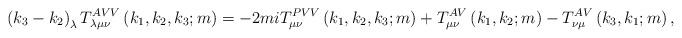
LaTeX: \begin{align*}\left( k_{3}-k_{2}\right) _{\lambda }T_{\lambda \mu \nu }^{AVV}\left(k_{1},k_{2},k_{3};m\right) =-2miT_{\mu \nu }^{PVV}\left(k_{1},k_{2},k_{3};m\right) +T_{\mu \nu }^{AV}\left( k_{1},k_{2};m\right)-T_{\nu \mu }^{AV}\left( k_{3},k_{1};m\right) ,\end{align*}